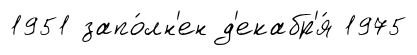
1951 запо́лн'ен д'екабр'я́ 1975